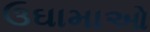
ઉઘામાઓ